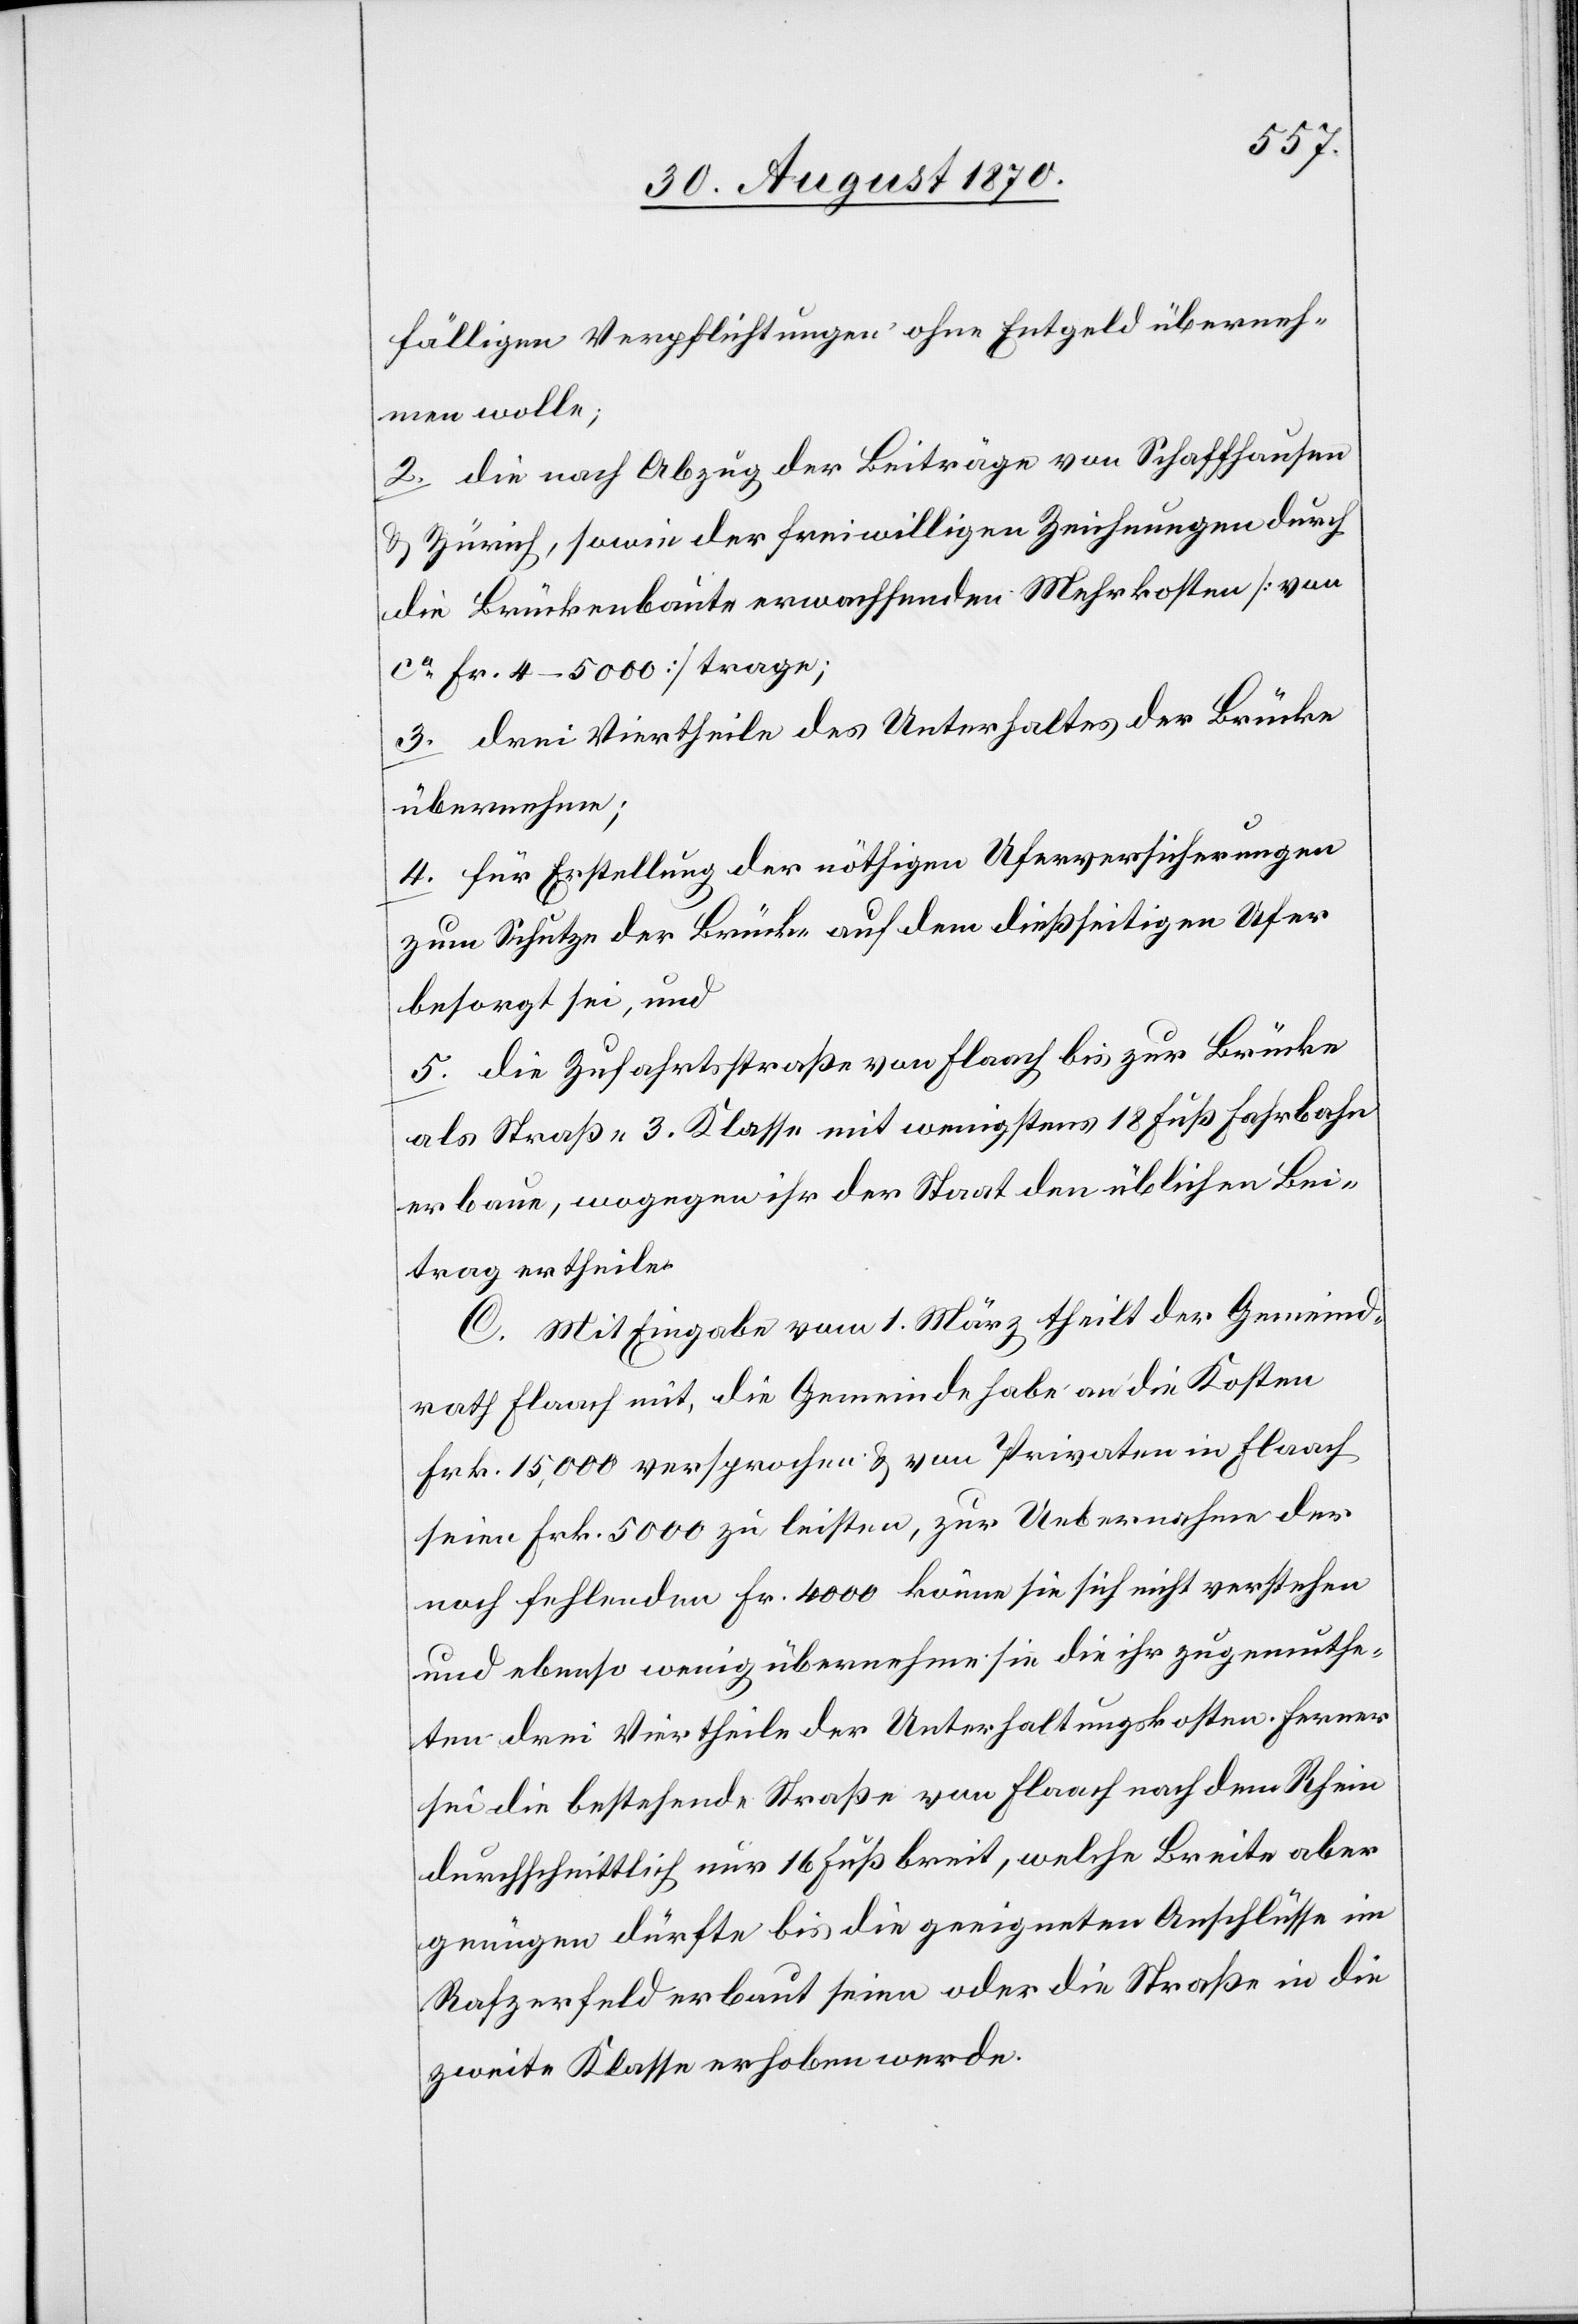
fälligen Verpflichtungen ohne Entgeld [sic!] überneh¬
men wolle;
2. die nach Abzug der Beiträge von Schaffhausen
& Zürich, sowie der freiwilligen Zeichnungen durch
die Brückenbaute erwachsenden Mehrkosten [von
ca Fr. 4–5000] trage;
3. drei Viertheile des Unterhaltes der Brücke
übernehme;
4. für Erstellung der nöthigen Uferversicherungen
zum Schutze der Brücke auf dem dießseitigen Ufer
besorgt sei, und
5. die Zufahrtsstraße von Flaach bis zur Brücke
als Straße 3. Klasse mit wenigstens 18 Fuß Fahrbahn
erbaue, wogegen ihr der Staat den üblichen Bei¬
trag ertheile.
C. Mit Eingabe vom 1. März theilt der Gemeind¬
rath Flaach mit, die Gemeinde habe an die Kosten
Frk. 15,000 versprochen & von Privaten in Flach
seien Frk. 5000 zu leisten, zur Uebernahme der
noch fehlenden Fr. 4000 könne sie sich nicht verstehen
und ebenso wenig übernehme sie die ihr zugemuthe¬
ten drei Viertheile der Unterhaltungskosten. Ferner
sei die bestehende Straße von Flaach nach dem Rhein
durchschnittlich nur 16 Fuß breit, welche Breite aber
genügen dürfte bis die geeigneten Anschlüsse im
Rafzerfeld erbaut seien oder die Straße in die
zweite Klasse erhoben werde.